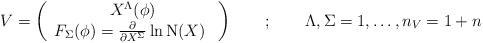
LaTeX: \begin{align*}V = \left( \begin{array}{c} X^\Lambda(\phi) \\ F_\Sigma(\phi)=\frac{\partial }{\partial X^\Sigma} \ln \mathrm{N}(X) \ \end{array}\right) \quad \quad ; \quad \quad \Lambda,\Sigma=1,\dots,n_V = 1+n\end{align*}